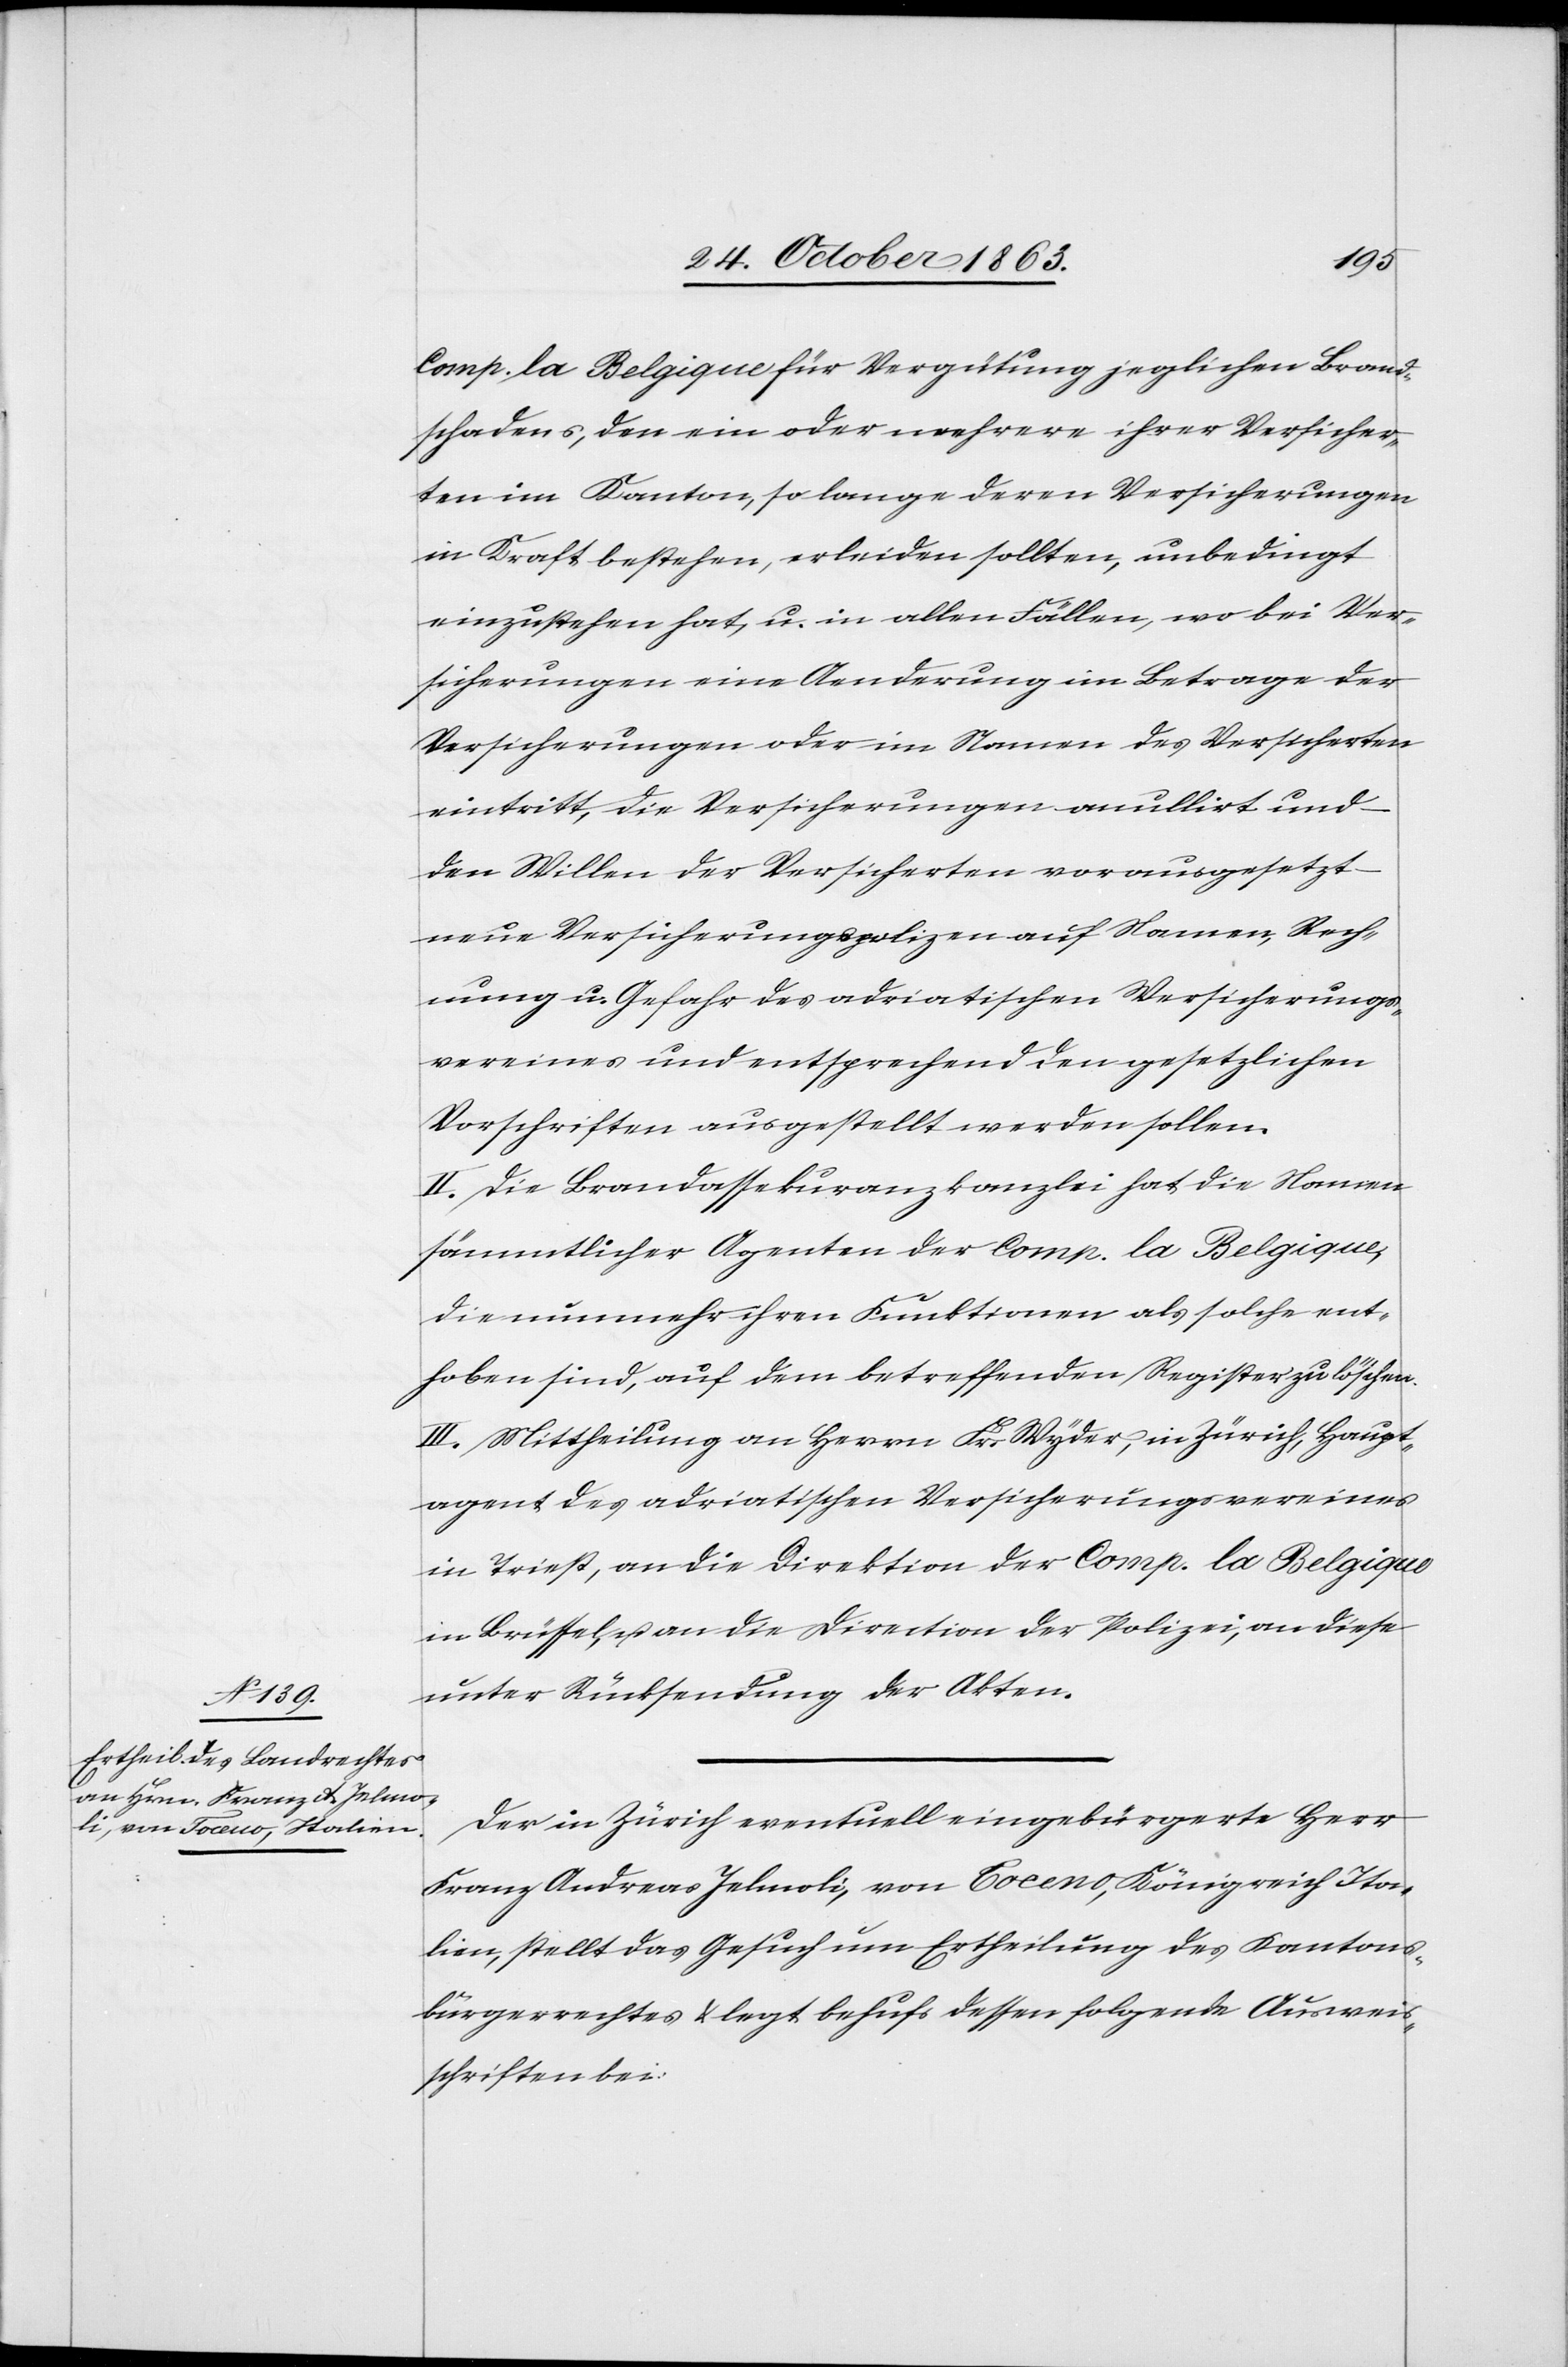
Comp. la Belgique für Vergütung jeglichen Brand¬
schadens, den ein oder mehrere ihrer Versicher¬
ten im Kanton, so lange deren Versicherungen
in Kraft bestehen, erleiden sollten, unbedingt
einzustehen hat, u. in allen Fällen, wo bei Ver¬
sicherungen eine Aenderung im Betrage der
Versicherungen oder im Namen des Versicherten
eintritt, die Versicherungen anullirt und
den Willen der Versicherten vorausgesetzt
neue Versicherungspolizen auf Namen, Rech¬
nung u. Gefahr des adriatischen Versicherungs¬
vereines und entsprechend den gesetzlichen
Vorschriften ausgestellt werden sollen.
II. Die Brandassekuranzkanzlei hat die Namen
sämmtlicher Agenten der Comp. la Belgique,
die nunmehr ihren Funktionen als solche ent¬
hoben sind, auf dem betreffenden Register zu löschen.
III. Mittheilung an Herrn Fr. Wyder, in Zürich, Haupt¬
agent des adriatischen Versicherungsvereines
in Triest, an die Direktion der Comp. la Belgique
in Brüssel, u. an die Direction der Polizei, an diese
unter Rücksendung der Akten.
Der in Zürich eventuell eingebürgerte Herr
Franz Andreas Jelmoli, von Toceno, Königreich Ita¬
lien, stellt das Gesuch um Ertheilung des Kantons¬
bürgerrechtes & legt behufs dessen folgende Ausweis¬
schriften bei: